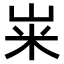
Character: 𫂳